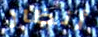
أنظار